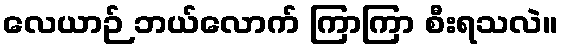
လေယာဉ် ဘယ်လောက် ကြာကြာ စီးရသလဲ။